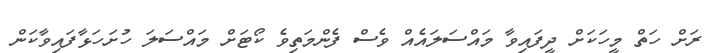
ރަށް ހަތް މީހަކަށް ދީފައިވާ މައްސަލައެއް ވެސް ފެންމަތިވެ ކޯޓަށް މައްސަލަ ހުށަހަޅާފައިވާކަން